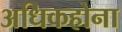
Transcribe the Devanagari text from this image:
अधिकहोना